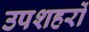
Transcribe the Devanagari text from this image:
उपशहरों